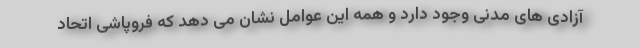
آزادی های مدنی وجود دارد و همه این عوامل نشان می دهد که فروپاشی اتحاد